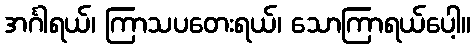
အင်္ဂါရယ်၊ ကြာသပတေးရယ်၊ သောကြာရယ်ပေါ့။